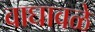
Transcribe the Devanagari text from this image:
वाघावळे